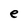
Character: e